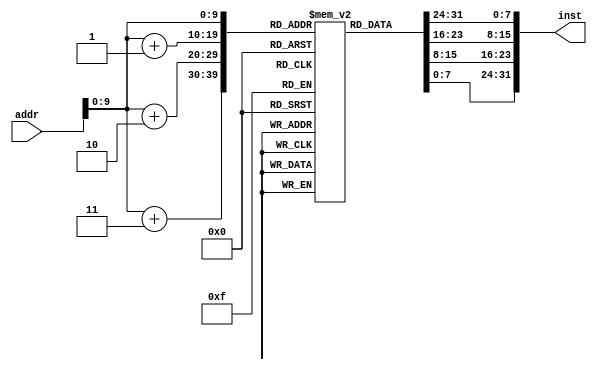
`timescale 1ns / 1ps
//////////////////////////////////////////////////////////////////////////////////
// Company: 
// Engineer: 
// 
// Design Name: 
// Module Name: in_reg
// Project Name: 
// Target Devices: 
// Tool Versions: 
// Description: 
// 
// Dependencies: 
// 
// Revision:
// Revision 0.01 - File Created
// Additional Comments:
// 
//////////////////////////////////////////////////////////////////////////////////


module in_reg(
    input[31:0] addr,
    output[31:0] inst
    );
    reg[7:0] data[1023:0];
    initial
    begin
        data[0] = 8'h00;//add
        data[1] = 8'h01;
        data[2] = 8'h10;
        data[3] = 8'd32;
        data[4] = 8'h00;//addu
        data[5] = 8'h01;
        data[6] = 8'h10;
        data[7] = 8'd33;
        data[8] = 8'h00;//sub
        data[9] = 8'h01;
        data[10] = 8'h10;
        data[11] = 8'd34;
        data[12] = 8'h00;//and
        data[13] = 8'h01;
        data[14] = 8'h10;
        data[15] = 8'd36;
        data[16] = 8'h00;//or
        data[17] = 8'h01;
        data[18] = 8'h10;
        data[19] = 8'd37;
        data[20] = 8'h00;//slt
        data[21] = 8'h01;
        data[22] = 8'h10;
        data[23] = 8'd42;
        data[24] = 8'b10001100;//lw
        data[25] = 8'h01;
        data[26] = 8'h00;
        data[27] = 8'h02;
        data[28] = 8'b10101100;//sw
        data[29] = 8'h01;
        data[30] = 8'h00;
        data[31] = 8'h02;
        data[32] = 8'b00010000;//beq
        data[33] = 8'h01;
        data[34] = 8'h00;
        data[35] = 8'h04;
        data[36] = 8'b00001000;//jump
        data[37] = 8'h00;
        data[38] = 8'h00;
        data[39] = 8'h0b;  
        data[40] = 8'h00;//add
        data[41] = 8'h01;
        data[42] = 8'h10;
        data[43] = 8'd32;
        data[44] = 8'h00;//addu
        data[45] = 8'h01;
        data[46] = 8'h10;
        data[47] = 8'd33;   
        data[48] = 8'd35;//INT
        data[49] = 8'd0;
        data[50] = 8'd0;
        data[50] = 8'd0;   
    end
    assign inst = {data[addr],data[addr+1],data[addr+2],data[addr+3]};
endmodule